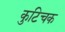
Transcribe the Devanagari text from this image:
कुटिचक